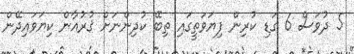
5 ދުވަސް 6 ގަޑި ކުރިން ފިޔަވަތީގައި ތިބޭ ކުދިންނަށް ޤުރުއާން ކިޔަވައިދޭން